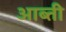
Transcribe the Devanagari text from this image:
आब्ती